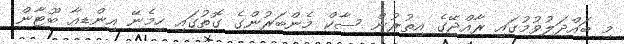
މި ބައްދަލުވުމުގައި ރާއްޖޭގެ އިތުރުން ސާކް މެންބަރުންގެ ގޮތުގައި ހިމެނޭ އިންޑިއާ ބޫޓާން